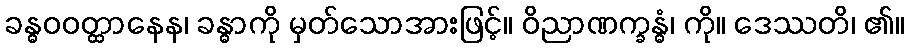
ခန္ဓဝဝတ္ထာနေန၊ ခန္ဓာကို မှတ်သောအားဖြင့်။ ဝိညာဏက္ခန္ဓံ၊ ကို။ ဒေဿတိ၊ ၏။